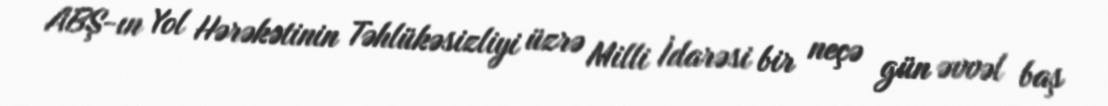
ABŞ-ın Yol Hərəkətinin Təhlükəsizliyi üzrə Milli İdarəsi bir neçə gün əvvəl baş